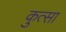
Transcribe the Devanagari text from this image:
कुत्सा